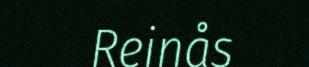
Reinås